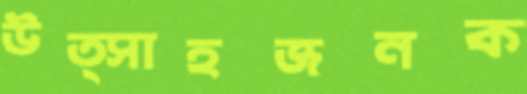
উত্সাহজনক